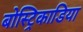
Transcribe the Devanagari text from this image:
बोस्ट्रिकाडिया